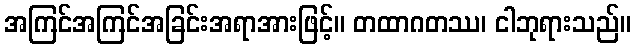
အကြင်အကြင်အခြင်းအရာအားဖြင့်။ တထာဂတဿ၊ ငါဘုရားသည်။